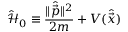
\mathcal { \hat { H } } _ { 0 } \equiv \frac { \| \hat { \vec { p } } \| ^ { 2 } } { 2 m } + V ( \hat { \vec { x } } )